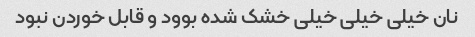
نان خیلی خیلی خیلی خشک شده بوود و قابل خوردن نبود